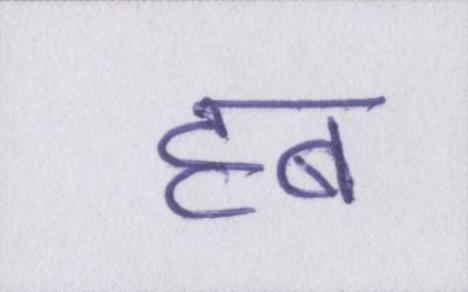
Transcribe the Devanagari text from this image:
हब